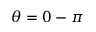
\theta = 0 - \pi